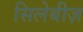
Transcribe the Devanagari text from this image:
सिलेबीज़